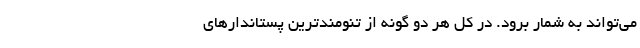
می‌تواند به شمار برود. در کل هر دو گونه از تنومند‌ترین پستاندارهای